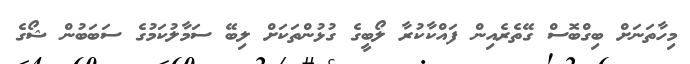
މިހާތަނަށް ބިގްބޮސް ގޭތެރެއިން ފައްކާކުރާ ލޯބީގެ ގުޅުންތަކަށް ލިބޭ ސަމާލުކަމުގެ ސަބަބުން ޝޯގެ